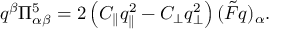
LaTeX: q ^ { \beta } \Pi _ { \alpha \beta } ^ { 5 } = 2 \left( C _ { \parallel } q _ { \parallel } ^ { 2 } - C _ { \bot } q _ { \bot } ^ { 2 } \right) ( \tilde { F } q ) _ { \alpha } .